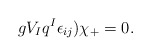
\begin{align*}gV_{I}q^{I}\epsilon _{ij})\chi _{+}=0. \end{align*}